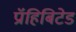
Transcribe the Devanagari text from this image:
प्रॉहिबिटेड